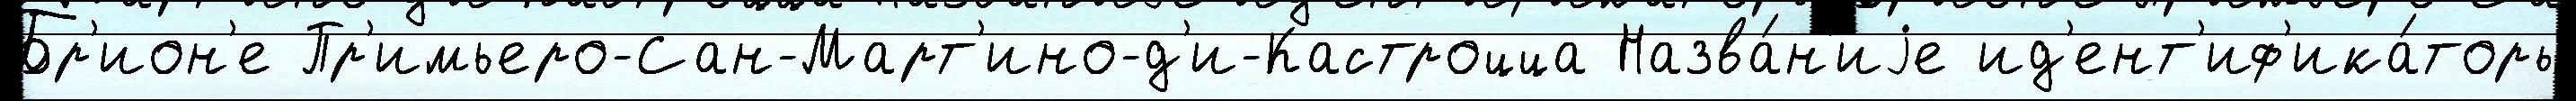
Бр'ион'е Пр'имьеро-Сан-Март'ино-д'и-Кастроцца Назва́н'иjе ид'ент'иф'ика́торы